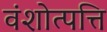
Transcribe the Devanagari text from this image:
वंशोत्पत्ति